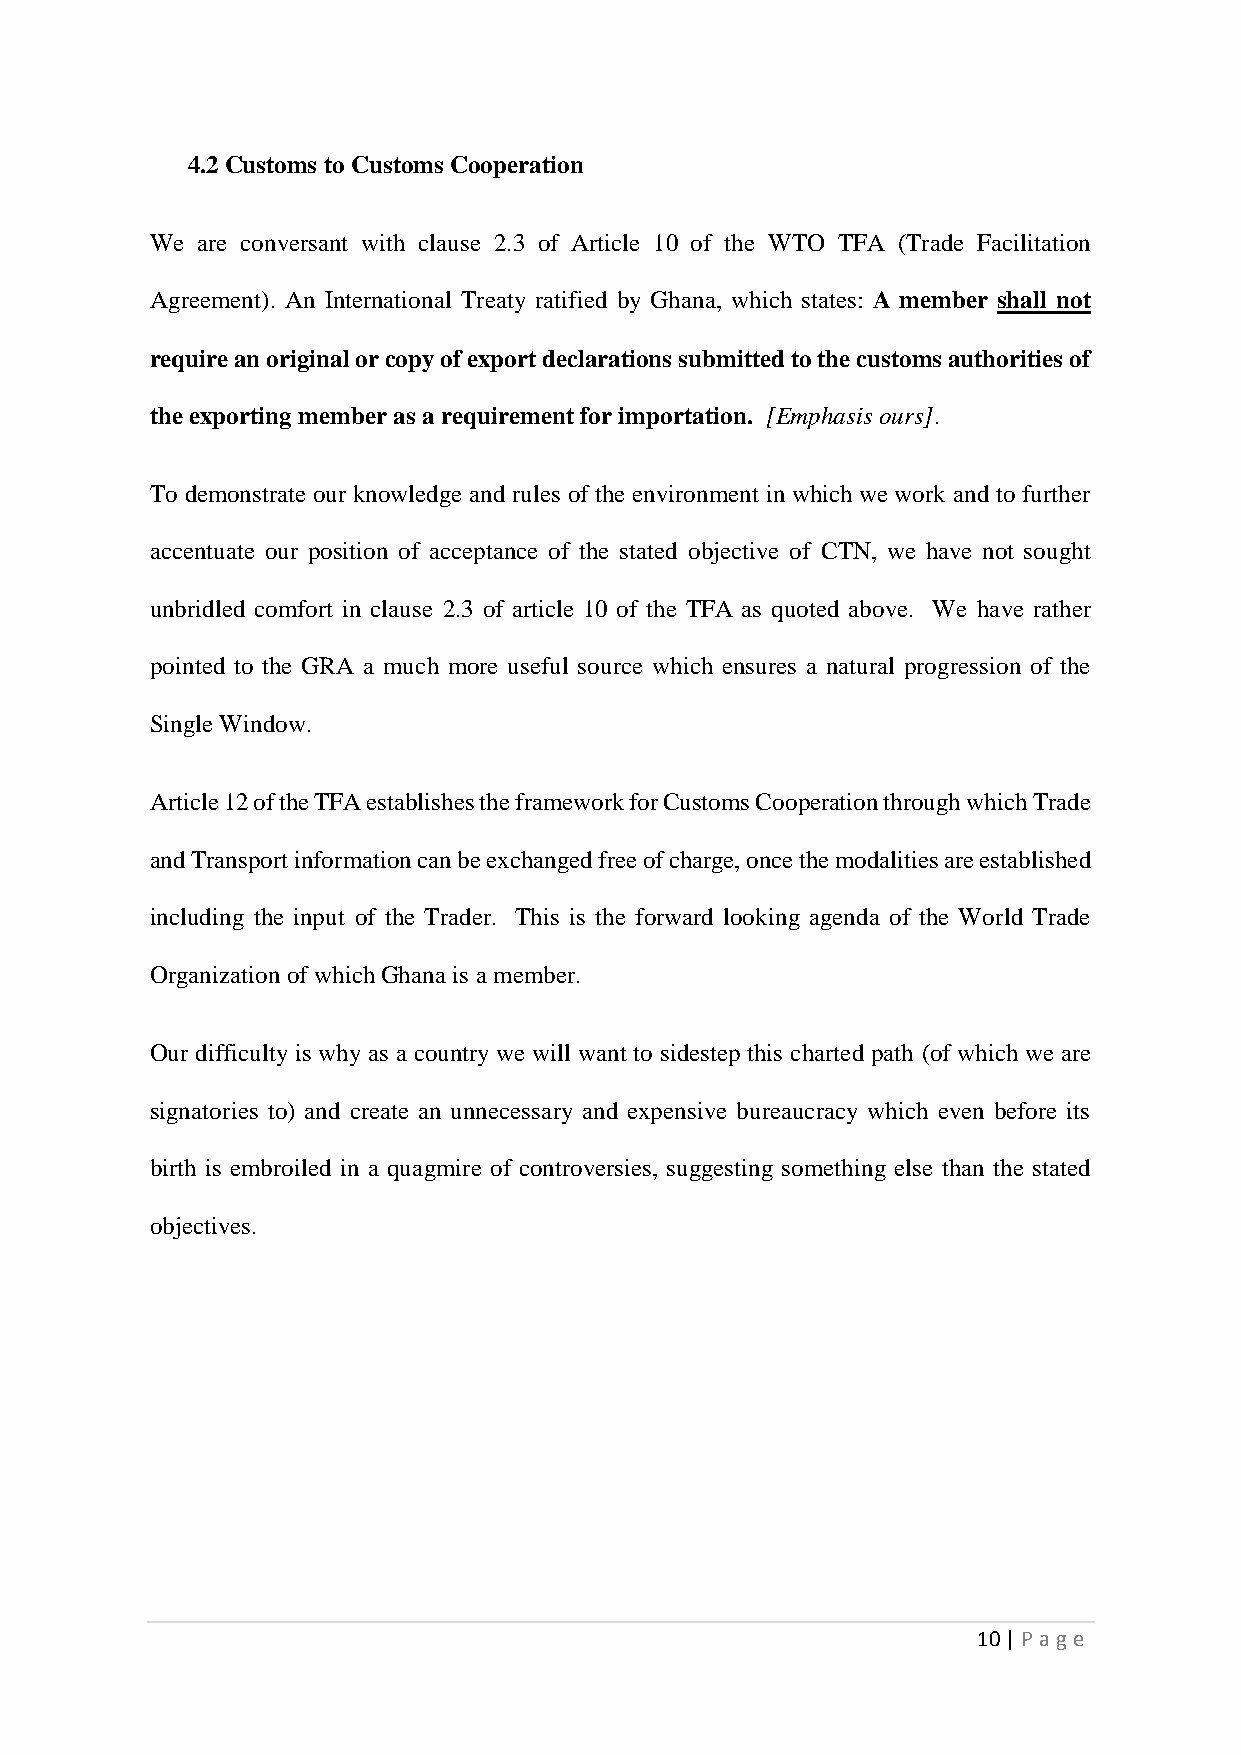
4.2 Customs to Customs Cooperation
 We are conversant with clause 2.3 of Article 10 of the WTO TFA (Trade Facilitation
 Agreement). An International Treaty ratified by Ghana, which states: A member shall not
 require an original or copy of export declarations submitted to the customs authorities of
 the exporting member as a requirement for importation. [Emphasis ours].
 To demonstrate our knowledge and rules of the environment in which we work and to further
 accentuate our position of acceptance of the stated objective of CTN, we have not sought
 unbridled comfort in clause 2.3 of article 10 of the TFA as quoted above. We have rather
 pointed to the GRA a much more useful source which ensures a natural progression of the
 Single Window.
 Article 12 of the TFA establishes the framework for Customs Cooperation through which Trade
 and Transport information can be exchanged free of charge, once the modalities are established
 including the input of the Trader. This is the forward looking agenda of the World Trade
 Organization of which Ghana is a member.
 Our difficulty is why as a country we will want to sidestep this charted path (of which we are
 signatories to) and create an unnecessary and expensive bureaucracy which even before its
 birth is embroiled in a quagmire of controversies, suggesting something else than the stated
 objectives.
 10 | Page